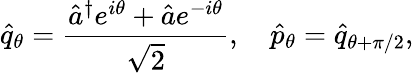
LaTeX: \hat{q}_{\theta}=\frac{\hat{a}^{\dagger}e^{i\theta}+\hat{a}e^{-i\theta}}{\sqrt{2}},\quad\hat{p}_{\theta}=\hat{q}_{\theta+\pi/2},